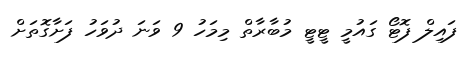
ފައިލް ފޮޓޯ ގައުމީ ޓީޓީ މުބާރާތް މިމަހު 9 ވަނަ ދުވަހު ފަށާގޮތަށް